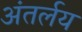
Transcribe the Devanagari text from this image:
अंतर्लय